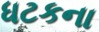
ધટકના